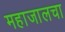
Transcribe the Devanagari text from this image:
महाजालचा